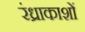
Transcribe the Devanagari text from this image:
रंध्राकाशों